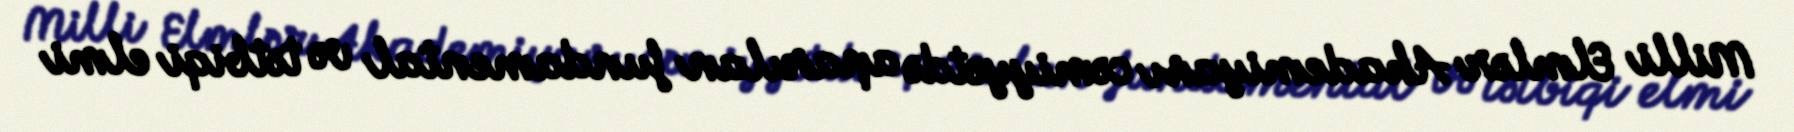
Milli Elmlər Akademiyası cəmiyyətdə aparılan fundamental və tətbiqi elmi